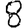
Digit: 8